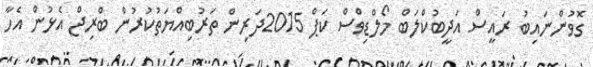
ގޮވުންނައިބު ރައީސް އަދީބުކްލަބް މޯލްޑިވްސް ކަޕް 2015ދަރިން ތަރުބިއްޔަތުކުރުން ބްރިޖް އެޅުން އެހާ